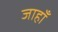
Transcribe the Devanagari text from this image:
जाहाँ